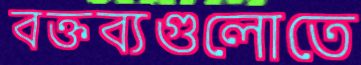
বক্তব্যগুলোতে